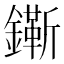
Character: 𨭠